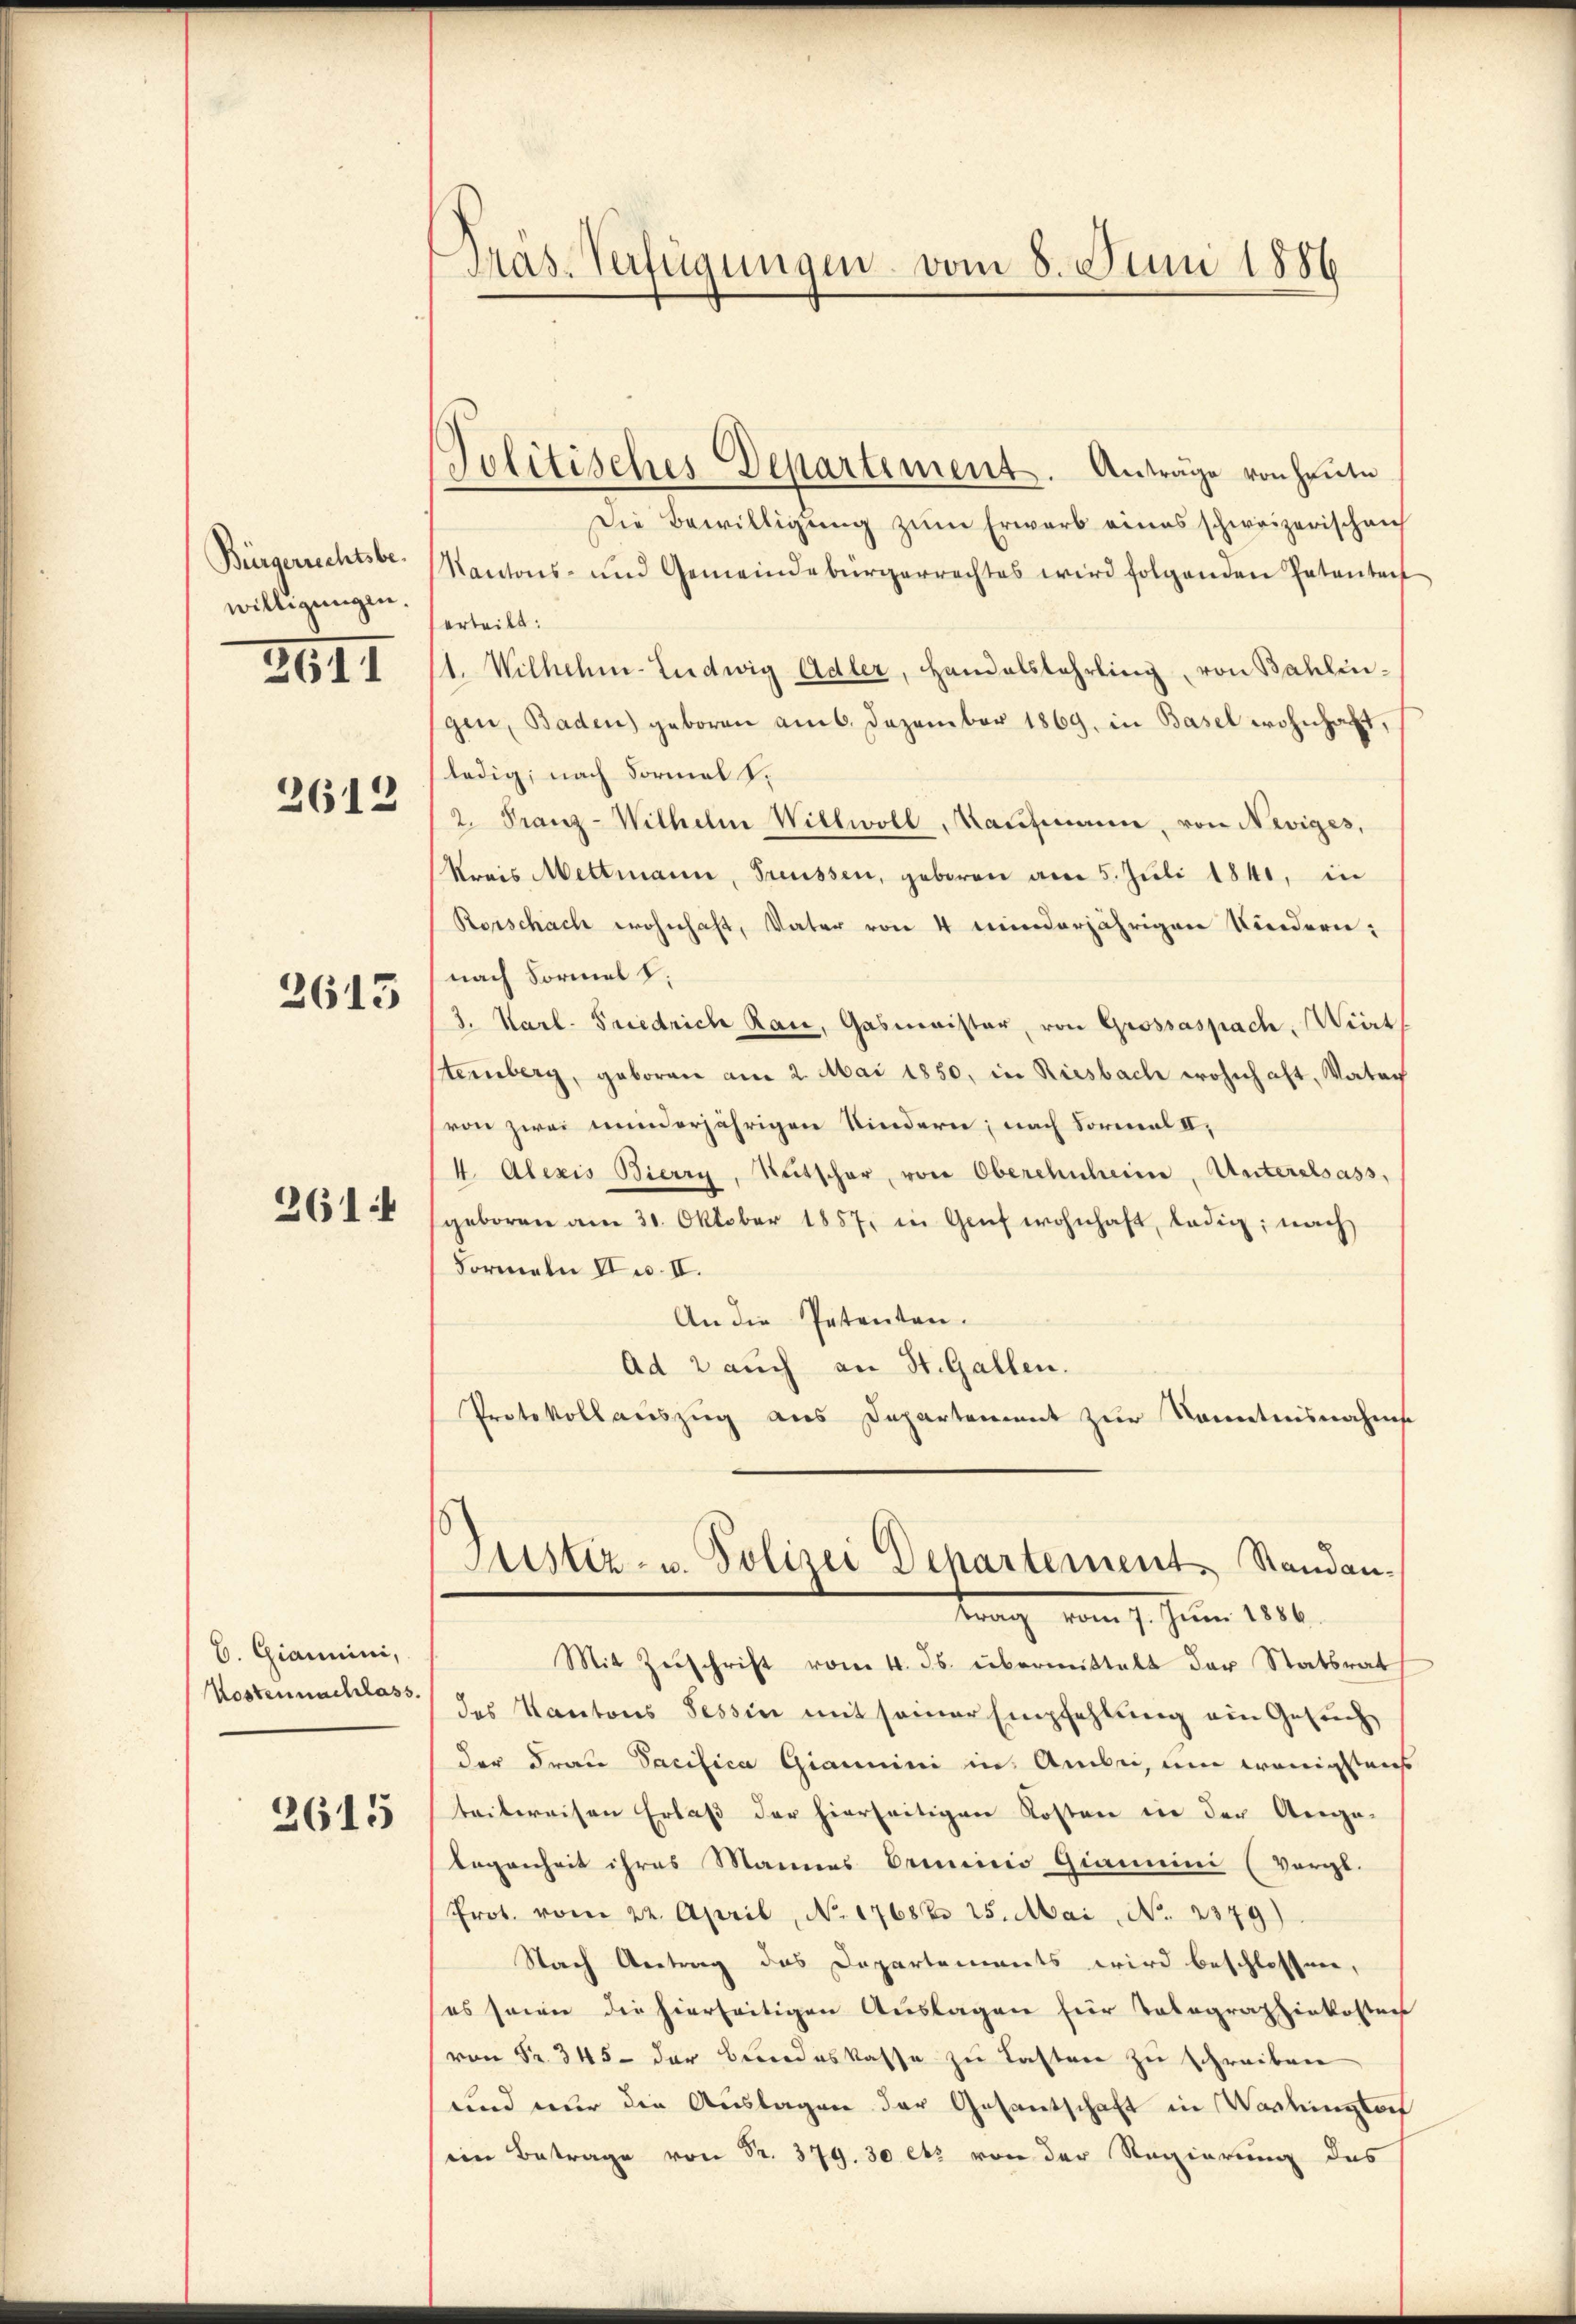
Bürgerrechtsbewilligungen.

2611

2612

2613

2614

b. Gianini,
Kostennachlass

2615

Aas. Verfügungen vom 8. Juni 1886

Jolitisches Departement. Anträge von heute
Die Bewilligŭng zŭm Erwarb eines schweizerischen
Kantons- und Gemeindebürgerrechtes wird folgenden Patentat
erteilt:
11. Wilhelm-Ludwig Adler, Handalslehrling, von Bahlen-
gen, Baden) geboren am 6. Dezember 1869. in Basel wohnhaft,
ledig, nach Formel s.
2. Franz-Wilhelm Willwoll, Kaufmann, von Neviges,
Kreis Mettmann, Freussen, geboren am 5. Juli 1841, in
Rorschach wohnhaft, Vater von 4 minderjährigen Kindern;
nach Formel d.
3. Karl. Friedrich Rau, Gasmaister, von Grossaspach, Wirt
Steinberg, geboren am 2. Mai 1850, in Riesbach wohnhaft, Vater
von zwei minderjährigen Kindern; nach Formal II,
4. Alexis Bierry, Rutscher, von Oberchnheim, Unterelsass,
geboren am 31. Oktober 1857, in Genf wohnhaft, ledig, nach
Formeln Iw. II.
An die Petenten-
Ad 2 auch an St. Gallen.
Protokollauszug aus Departement zur Kenntnisnahms
Justiz- u. Polizei Departement. Standan-
trang vom 7. Juni 1890.
Mit Zuschrift vom 4. ds. übermittalt der Statsrat
des Kantons Tessin mit seiner Empfehlung ein Gesuch
der Frau Pacifica Giammini in Ambei, um wenigstens
teitereisen Erlaß der hierseitigen Kosten in der Aega-
legenheit ihres Mannes Princicio Giamini (vergl.
Prot. vom 22. April, No. 17686. 25. Mai, No. 2379)
Nach Antrag das Departements wird beschlossen,
es seiner die hierseitigen Auslagen für Tolographiekostens
von Fr. 345 - der Bundeskasse zu Lasten zu schreiben
und nur die Auslagen der Gesantschaft in Washingter
(ein Betrage von Sr. 379. 30 et von der Regierung des